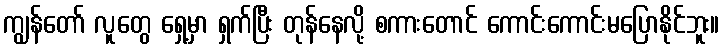
ကျွန်တော် လူတွေ ရှေ့မှာ ရှက်ပြီး တုန်နေလို့ စကားတောင် ကောင်းကောင်းမပြောနိုင်ဘူး။